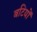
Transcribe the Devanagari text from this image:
बटियों